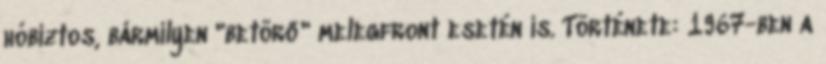
hóbiztos, bármilyen "betörő" melegfront esetén is. Története: 1967-ben a